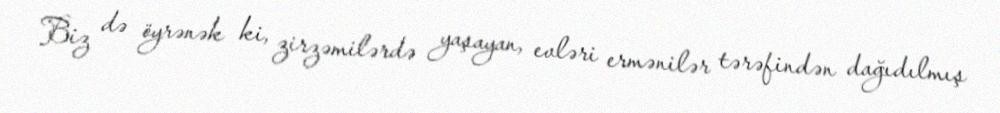
Biz də öyrənək ki, zirzəmilərdə yaşayan, evləri ermənilər tərəfindən dağıdılmış